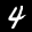
Label: 4